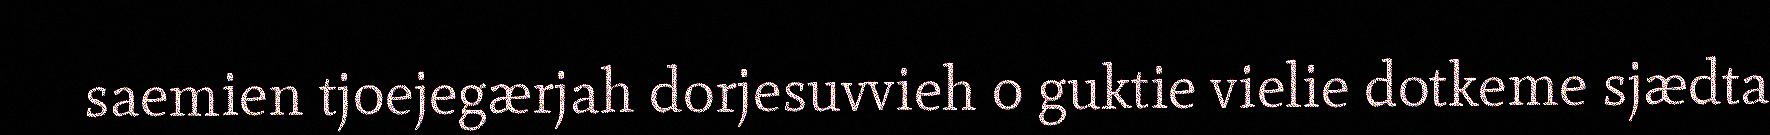
saemien tjoejegærjah dorjesuvvieh o guktie vielie dotkeme sjædta